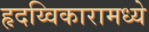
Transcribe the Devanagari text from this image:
हृदय्विकारामध्ये